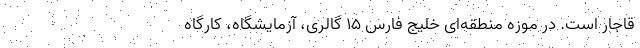
قاجار است. در موزه منطقه‌ای خلیج فارس ۱۵ گالری، آزمایشگاه، کارگاه